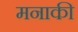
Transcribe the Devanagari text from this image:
मनाकी